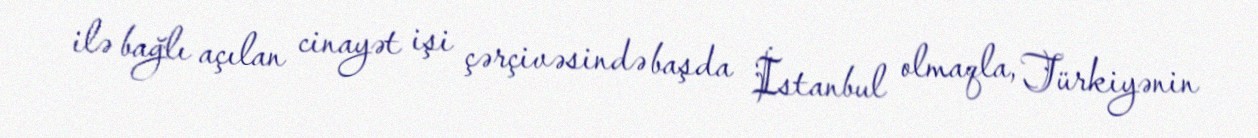
ilə bağlı açılan cinayət işi çərçivəsində başda İstanbul olmaqla, Türkiyənin